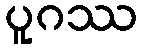
ပူဂဿ